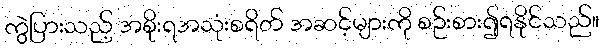
ကွဲပြားသည့် အစိုးရအသုံးစရိတ် အဆင့်များကို စဉ်းစား၍ရနိုင်သည်။